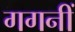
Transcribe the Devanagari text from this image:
गगनीं